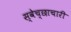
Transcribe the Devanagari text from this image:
स्‍वेच्‍छाचारी